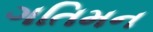
ગતિમન